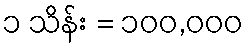
၁ သိန်း = ၁၀၀,၀၀၀